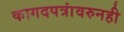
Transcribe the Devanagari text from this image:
कागदपत्रांवरुनही